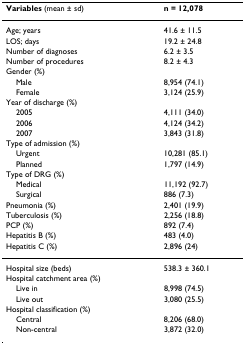
<table><thead><tr><td><b>Variables (mean ± sd)</b></td><td><b>n = 12,078</b></td></tr></thead><tbody><tr><td>Age; years</td><td>41.6 ± 11.5</td></tr><tr><td>LOS; days</td><td>19.2 ± 24.8</td></tr><tr><td>Number of diagnoses</td><td>6.2 ± 3.5</td></tr><tr><td>Number of procedures</td><td>8.2 ± 4.3</td></tr><tr><td>Gender (%)</td><td></td></tr><tr><td> Male</td><td>8,954 (74.1)</td></tr><tr><td> Female</td><td>3,124 (25.9)</td></tr><tr><td>Year of discharge (%)</td><td></td></tr><tr><td> 2005</td><td>4,111 (34.0)</td></tr><tr><td> 2006</td><td>4,124 (34.2)</td></tr><tr><td> 2007</td><td>3,843 (31.8)</td></tr><tr><td>Type of admission (%)</td><td></td></tr><tr><td> Urgent</td><td>10,281 (85.1)</td></tr><tr><td> Planned</td><td>1,797 (14.9)</td></tr><tr><td>Type of DRG (%)</td><td></td></tr><tr><td> Medical</td><td>11,192 (92.7)</td></tr><tr><td> Surgical</td><td>886 (7.3)</td></tr><tr><td>Pneumonia (%)</td><td>2,401 (19.9)</td></tr><tr><td>Tuberculosis (%)</td><td>2,256 (18.8)</td></tr><tr><td>PCP (%)</td><td>892 (7.4)</td></tr><tr><td>Hepatitis B (%)</td><td>483 (4.0)</td></tr><tr><td>Hepatitis C (%)</td><td>2,896 (24)</td></tr><tr><td>Hospital size (beds)</td><td>538.3 ± 360.1</td></tr><tr><td>Hospital catchment area (%)</td><td></td></tr><tr><td> Live in</td><td>8,998 (74.5)</td></tr><tr><td> Live out</td><td>3,080 (25.5)</td></tr><tr><td>Hospital classification (%)</td><td></td></tr><tr><td> Central</td><td>8,206 (68.0)</td></tr><tr><td> Non-central</td><td>3,872 (32.0)</td></tr></tbody></table>